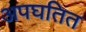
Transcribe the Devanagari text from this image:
अपघतित